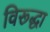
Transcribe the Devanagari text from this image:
विरूद्धा